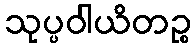
သုပ္ပဝါယိတဉ္စ